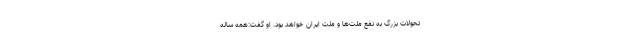
تحوّلات بزرگ به نفع ملّت‌ها و ملّت ایران خواهد بود. او گفت:همه ساله